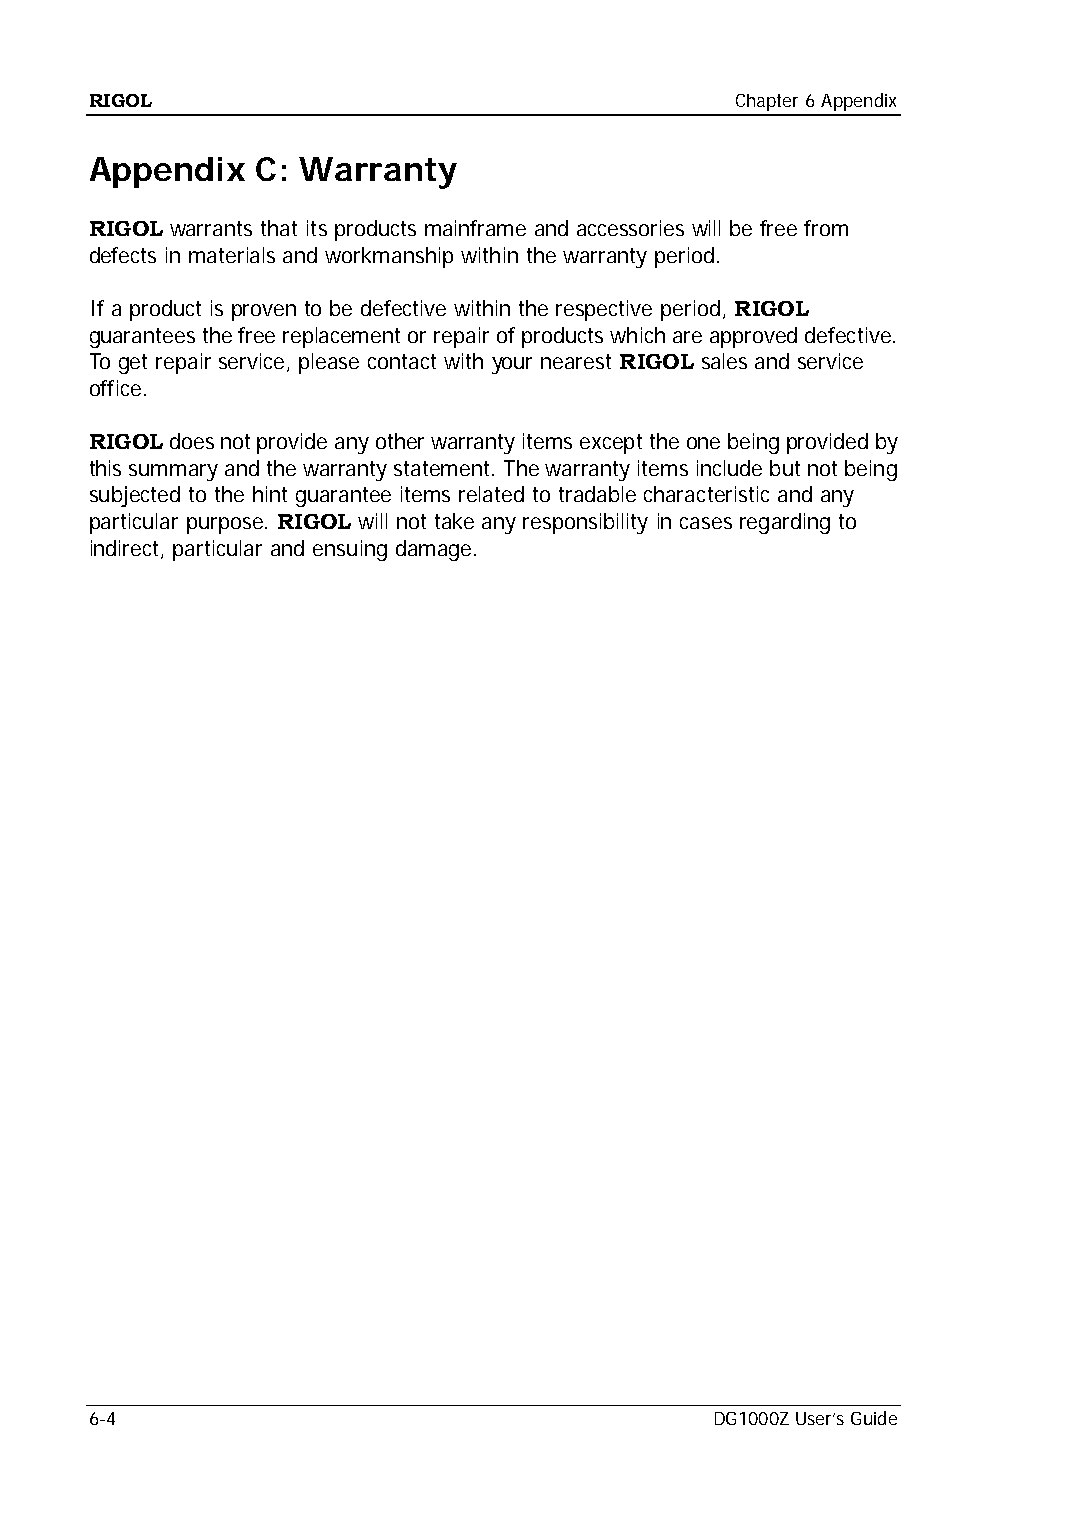
RIGOL                                      Chapter 6 Appendix
 Appendix   C: Warranty
 RIGOL warrants that its products mainframe and accessories will be free from
 defects in materials and workmanship within the warranty period.
 If a product is proven to be defective within the respective period, RIGOL
 guarantees the free replacement or repair of products which are approved defective.
 To get repair service, please contact with your nearest RIGOL sales and service
 office.
 RIGOL does not provide any other warranty items except the one being provided by
 this summary and the warranty statement. The warranty items include but not being
 subjected to the hint guarantee items related to tradable characteristic and any
 particular purpose. RIGOL will not take any responsibility in cases regarding to
 indirect, particular and ensuing damage.
 6-4                                      DG1000Z User’s Guide